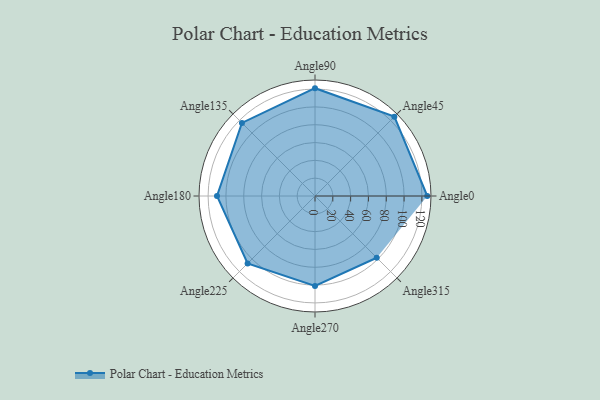
{"axis": {"x": "Angle", "y": "Radius"}, "legend": [""], "data": [{"x": "Angle0", "y": 126.0, "type": ""}, {"x": "Angle45", "y": 126.0, "type": ""}, {"x": "Angle90", "y": 121.0, "type": ""}, {"x": "Angle135", "y": 116.0, "type": ""}, {"x": "Angle180", "y": 110.0, "type": ""}, {"x": "Angle225", "y": 107.0, "type": ""}, {"x": "Angle270", "y": 101.0, "type": ""}, {"x": "Angle315", "y": 98.0, "type": ""}]}